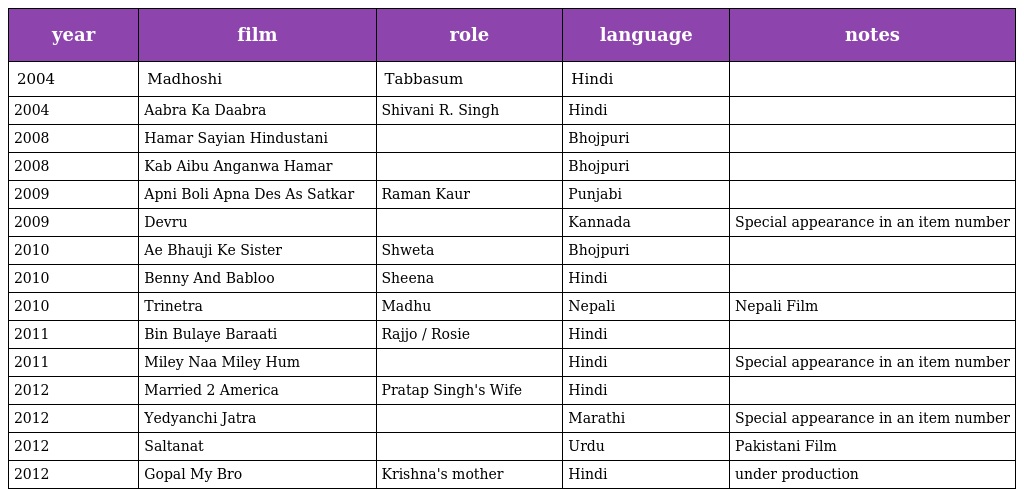
| year | film | role | language | notes |
 | --- | --- | --- | --- | --- |
 | 2004 | Madhoshi | Tabbasum | Hindi |  |
 | 2004 | Aabra Ka Daabra | Shivani R. Singh | Hindi |  |
 | 2008 | Hamar Sayian Hindustani |  | Bhojpuri |  |
 | 2008 | Kab Aibu Anganwa Hamar |  | Bhojpuri |  |
 | 2009 | Apni Boli Apna Des As Satkar | Raman Kaur | Punjabi |  |
 | 2009 | Devru |  | Kannada | Special appearance in an item number |
 | 2010 | Ae Bhauji Ke Sister | Shweta | Bhojpuri |  |
 | 2010 | Benny And Babloo | Sheena | Hindi |  |
 | 2010 | Trinetra | Madhu | Nepali | Nepali Film |
 | 2011 | Bin Bulaye Baraati | Rajjo / Rosie | Hindi |  |
 | 2011 | Miley Naa Miley Hum |  | Hindi | Special appearance in an item number |
 | 2012 | Married 2 America | Pratap Singh's Wife | Hindi |  |
 | 2012 | Yedyanchi Jatra |  | Marathi | Special appearance in an item number |
 | 2012 | Saltanat |  | Urdu | Pakistani Film |
 | 2012 | Gopal My Bro | Krishna's mother | Hindi | under production |